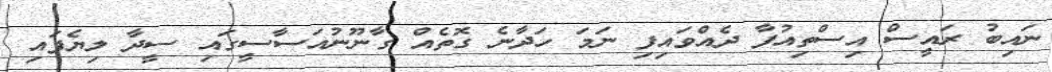
ނައިބު ރައީސް އިސްތިއުފާ ދެއްވައިފި ނަމަ ހަދާނެ ގޮތެއް ގާނޫނުއަސާސީގައި ސީދާ ލިޔެފައި